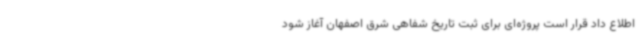
اطلاع داد قرار است پروژه‌ای برای ثبت تاریخ شفاهی شرق اصفهان آغاز شود